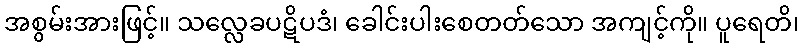
အစွမ်းအားဖြင့်။ သလ္လေခပဋိပဒံ၊ ခေါင်းပါးစေတတ်သော အကျင့်ကို။ ပူရေတိ၊